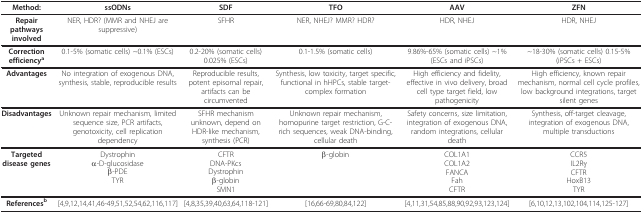
<table><thead><tr><td><b>Method:</b></td><td><b>ssODNs</b></td><td><b>SDF</b></td><td><b>TFO</b></td><td><b>AAV</b></td><td><b>ZFN</b></td></tr></thead><tbody><tr><td><b>Repair pathways involved</b></td><td>NER, HDR? (MMR and NHEJ are suppressive)</td><td>SFHR</td><td>NER, NHEJ? MMR? HDR?</td><td>HDR, NHEJ</td><td>HDR, NHEJ</td></tr><tr><td><b>Correction efficiency</b><sup><b>a</b></sup></td><td>0.1-5% (somatic cells) ~0.1% (ESCs)</td><td>0.2-20% (somatic cells) 0.025% (ESCs)</td><td>0.1-1.5% (somatic cells)</td><td>9.86%-65% (somatic cells) ~1% (ESCs and iPSCs)</td><td>~18-30% (somatic cells) 0.15-5% (iPSCs + ESCs)</td></tr><tr><td><b>Advantages</b></td><td>No integration of exogenous DNA, synthesis, stable, reproducible results</td><td>Reproducible results, potent episomal repair, artifacts can be circumvented</td><td>Synthesis, low toxicity, target specific, functional in hHPCs, stable target-complex formation</td><td>High efficiency and fidelity, effective in vivo delivery, broad cell type target field, low pathogenicity</td><td>High efficiency, known repair mechanism, normal cell cycle profiles, low background integrations, target silent genes</td></tr><tr><td><b>Disadvantages</b></td><td>Unknown repair mechanism, limited sequence size, PCR artifacts, genotoxicity, cell replication dependency</td><td>SFHR mechanism unknown, depend on HDR-like mechanism, synthesis (PCR)</td><td>Unknown repair mechanism, homopurine target restriction, G-C-rich sequences, weak DNA-binding, cellular death</td><td>Safety concerns, size limitation, integration of exogenous DNA, random integrations, cellular death</td><td>Synthesis, off-target cleavage, integration of exogenous DNA, multiple transductions</td></tr><tr><td><b>Targeted disease genes</b></td><td>Dystrophinα-D-glucosidaseβ-PDETYR</td><td>CFTRDNA-PKcsDystrophinβ-globinSMN1</td><td>β-globin</td><td>COL1A1COL1A2FANCAFahCFTR</td><td>CCR5IL2RγCFTRHoxB13TYR</td></tr><tr><td><b>References</b><sup><b>b</b></sup></td><td>[4,9,12,14,41,46-49,51,52,54,62,116,117]</td><td>[4,8,35,39,40,63,64,118-121]</td><td>[16,66-69,80,84,122]</td><td>[4,11,31,54,85,88,90,92,93,123,124]</td><td>[6,10,12,13,102,104,114,125-127]</td></tr></tbody></table>